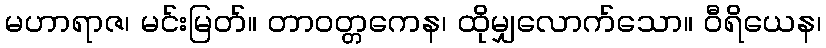
မဟာရာဇ၊ မင်းမြတ်။ တာဝတ္တကေန၊ ထိုမျှလောက်သော။ ဝီရိယေန၊